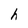
Character: h